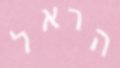
הראל